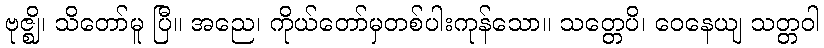
ဗုဇ္ဈိ၊ သိတော်မူ ပြီ။ အညေ၊ ကိုယ်တော်မှတစ်ပါးကုန်သော။ သတ္တေပိ၊ ဝေနေယျ သတ္တဝါ